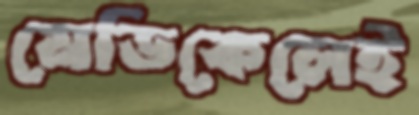
মেডিকেলেই